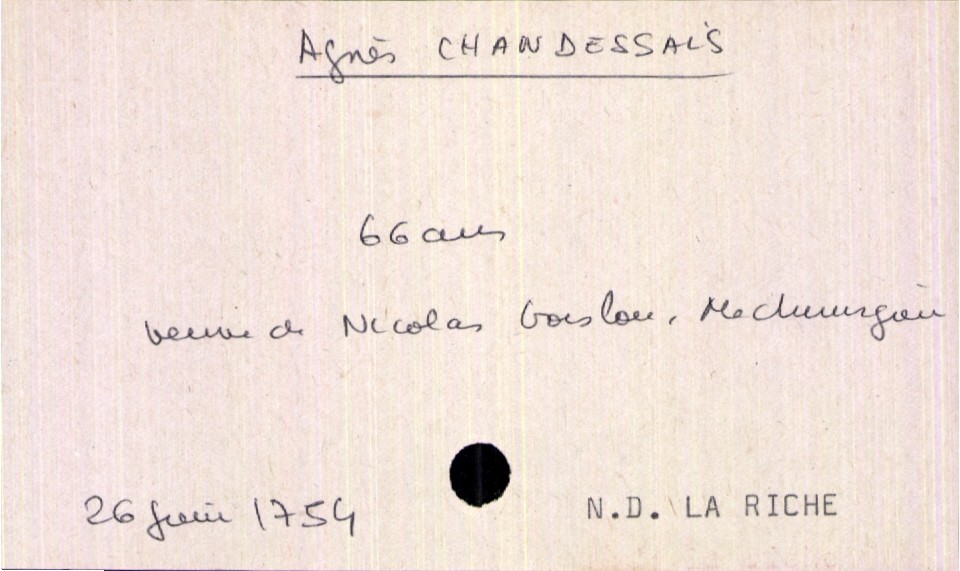
type_acte: Décès
année: 1754
mois: juin
jour: 26
défunt_nom: Chandessais
défunt_prénom: Agnès
défunt_sexe: F
défunt_âge: 66 ans
défunt_statut: veuf(ve)